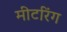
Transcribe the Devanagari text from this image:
मीटरिंग